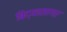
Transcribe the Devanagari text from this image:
बिद्यासागर